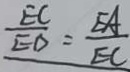
\frac { E C } { E D } = \frac { E A } { E C }